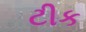
ટીક